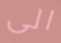
الى